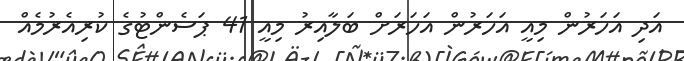
އަދި އަހަރުން މިއީ އަހަރުން އަހަރަށް ބަލާއިރު މިއީ 41 ޕަސެންޓުގެ ކުރިއެރުމެއް